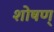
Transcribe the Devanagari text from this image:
शोषण्